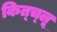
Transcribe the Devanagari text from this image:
कित्च्लू